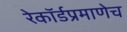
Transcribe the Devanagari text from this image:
रेकॉर्डप्रमाणेच